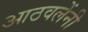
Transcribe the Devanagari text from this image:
आठवलेंनी